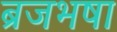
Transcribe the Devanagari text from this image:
ब्रजभषा